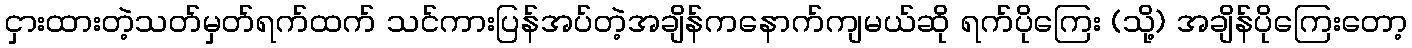
ငှားထားတဲ့သတ်မှတ်ရက်ထက် သင်ကားပြန်အပ်တဲ့အချိန်ကနောက်ကျမယ်ဆို ရက်ပိုကြေး (သို့) အချိန်ပိုကြေးတော့